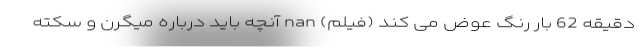
دقیقه 62 بار رنگ عوض می کند (فیلم) nan آنچه باید درباره میگرن و سکته